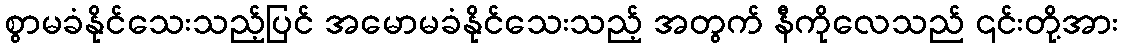
စွာမခံနိုင်သေးသည့်ပြင် အမောမခံနိုင်သေးသည့် အတွက် နီကိုလေသည် ၎င်းတို့အား